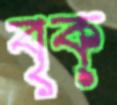
বৃক্